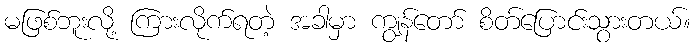
မဖြစ်ဘူးလို့ ကြားလိုက်ရတဲ့ အခါမှာ ကျွန်တော် စိတ်ပြောင်းသွားတယ်။